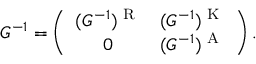
\begin{array} { r } { G ^ { - 1 } = \left( \begin{array} { c c } { ( G ^ { - 1 } ) ^ { \textrm { R } } } & { ( G ^ { - 1 } ) ^ { \textrm { K } } } \\ { 0 } & { ( G ^ { - 1 } ) ^ { \textrm { A } } } \end{array} \right) . } \end{array}